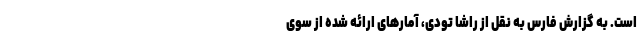
است. به گزارش فارس به نقل از راشا تودی، آمارهای ارائه شده از سوی